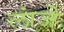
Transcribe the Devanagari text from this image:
लांजे